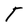
Character: T